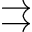
\rightrightarrows